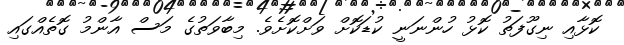
ކޮޅާއި ނިގޫފަތު ކޮޅު ހުންނަނީ ކުޑަކޮށް ވަށްކޮށެވެ. މިބާވަތުގެ މަސް އާންމު ގޮތެއްގައި